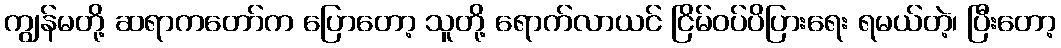
ကျွန်မတို့ ဆရာကတော်က ပြောတော့ သူတို့ ရောက်လာယင် ငြိမ်ဝပ်ပိပြားရေး ရမယ်တဲ့၊ ပြီးတော့